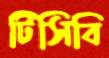
টিসিবি